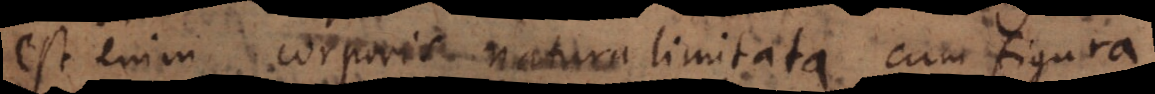
est enim corporis natura limitata, cum figura